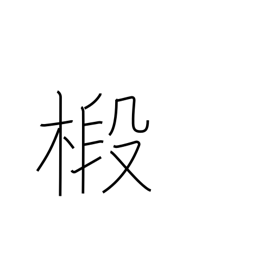
Meaning: fir